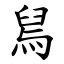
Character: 舃